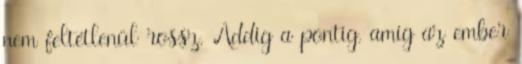
nem feltétlenül rossz. Addig a pontig, amíg az ember